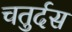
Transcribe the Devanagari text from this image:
चतुर्दस